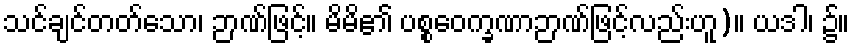
သင်ချင်တတ်သော၊ ဉာဏ်ဖြင့်။ မိမိ၏ ပစ္စဝေက္ခဏာဉာဏ်ဖြင့်လည်းဟူ)။ ယဒါ၊ ၌။